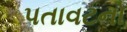
પતાવટનો